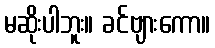
မဆိုးပါဘူး။ ခင်ဗျားကော။